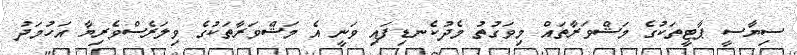
ސިޔާސީ ޕާޓީތަކުގެ މަޝްވަރާތައް މިވަގުތު މެދުކެނޑިފައި ވަނީ އެ މަޝްވަރާތަކުގެ ވިލަރެސްވެރިޔާ އަހުމަދު